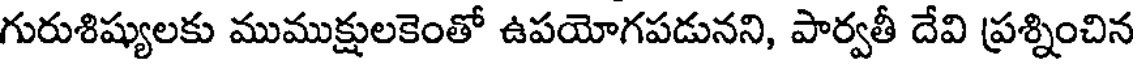
గురుశిష్యులకు ముముక్షులకెంతో ఉపయోగపడునని, పార్వతీ దేవి ప్రశ్నించిన